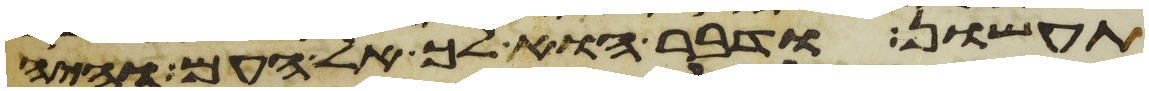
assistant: תעשון ודבר הוא לך אל העם והיה